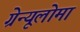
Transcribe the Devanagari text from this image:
ग्रेन्यूलोमा